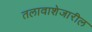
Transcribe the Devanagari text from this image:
तलावाशेजारील